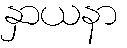
နှာယနာ